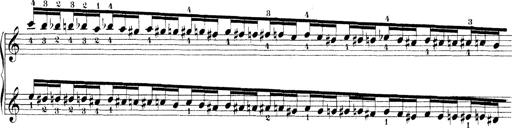
Title: Technische Studien
Composer: Franz Liszt